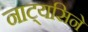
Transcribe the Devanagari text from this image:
नाट्यसिने